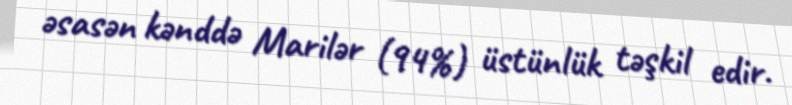
əsasən kənddə Marilər (94%) üstünlük təşkil edir.